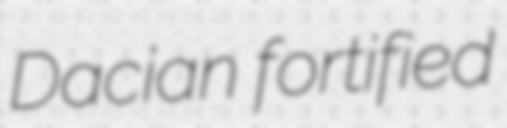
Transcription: Dacian fortified